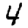
Digit: 4